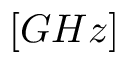
\left[ G H z \right]